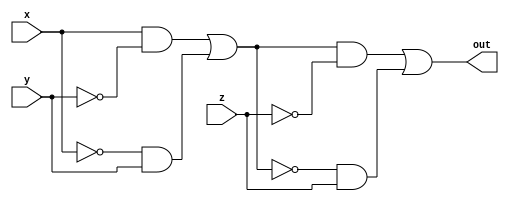
module parityGenerator ( x, y, z, out);
input x, y, z;
output out;
wire A, B, C, D, E;

assign A =  x & ~y ;
assign B =  ~x & y ;
assign C =  A | B ;
assign D =  C & ~z ;
assign E =  ~C & z ;
assign out =  D | E ;

endmodule